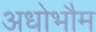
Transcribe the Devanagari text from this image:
अधोभौम